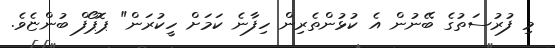
މި ފުރުސަތުގެ ބޭނުން އެ ކުޅުންތެރިން ހިފާނެ ކަމަށް ހީކުރަން" ޕޮޕޯފް ބުންޏެވެ.